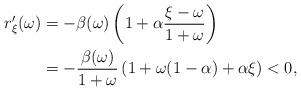
LaTeX: \begin{align*}r^{\prime}_{\xi}(\omega) & = -\beta(\omega) \left( 1 + \alpha \frac{\xi - \omega}{1 + \omega} \right) \\& = - \frac{\beta(\omega)}{1 + \omega}\left( 1 + \omega(1 - \alpha) + \alpha \xi \right) < 0,\end{align*}